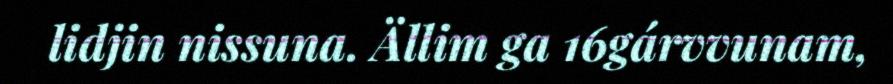
lidjin nissuna. Ällim ga 16gárvvunam,